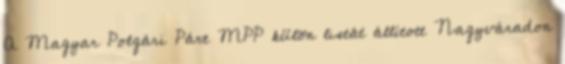
A Magyar Polgári Párt MPP külön listát állított Nagyváradon